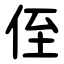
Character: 侄